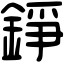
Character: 錚